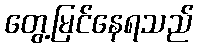
တွေ့မြင်နေရသည်